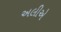
અલીએ